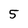
Character: 5